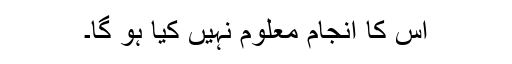
اس کا انجام معلوم نہیں کیا ہو گا۔